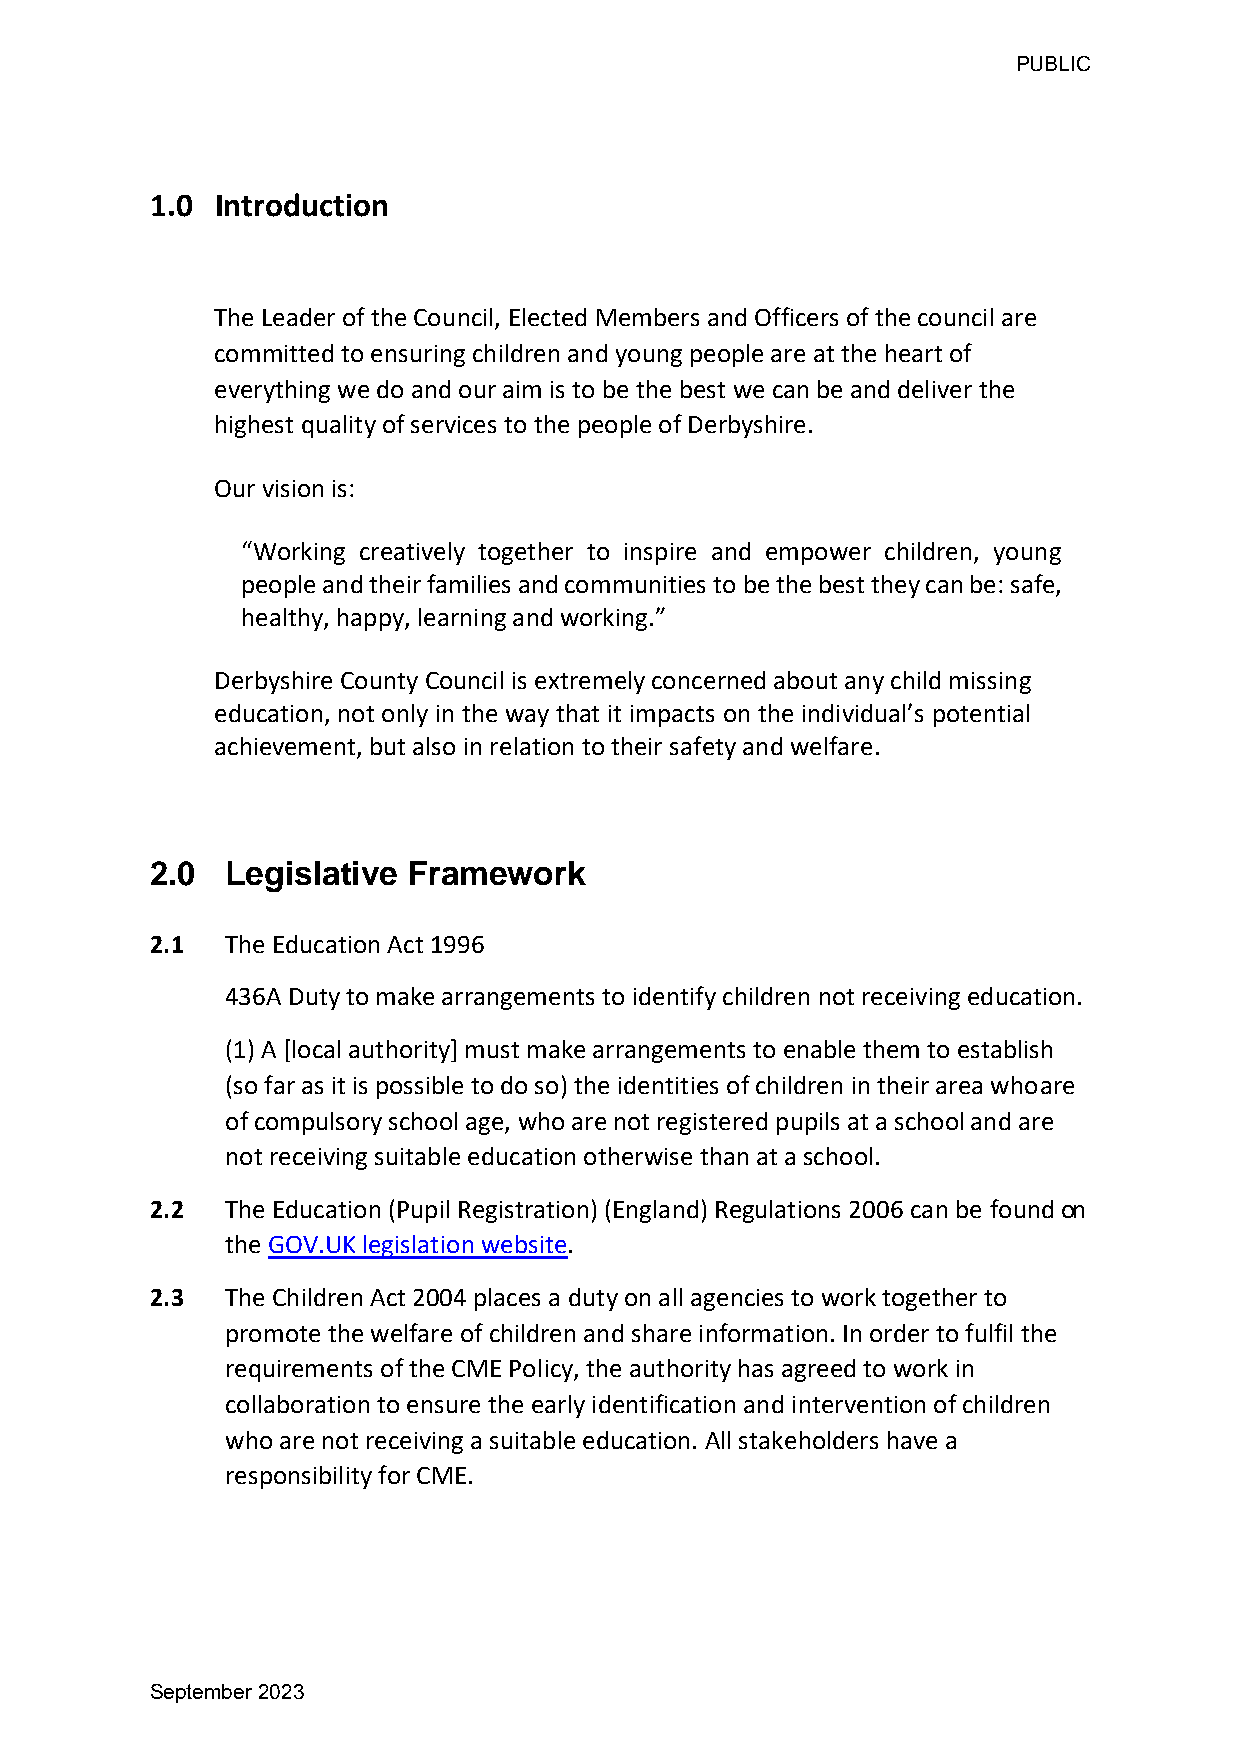
PUBLIC
 1.0 Introduction
 The Leader of the Council, Elected Members and Officers of the council are
 committed to ensuring children and young people are at the heart of
 everything we do and our aim is to be the best we can be and deliver the
 highest quality of services to the people of Derbyshire.
 Our vision is:
 “Working creatively together to inspire and empower children, young
 people and their families and communities to be the best they can be: safe,
 healthy, happy, learning and working.”
 Derbyshire County Council is extremely concerned about any child missing
 education, not only in the way that it impacts on the individual’s potential
 achievement, but also in relation to their safety and welfare.
 2.0  Legislative Framework
 2.1  The Education Act 1996
 436A Duty to make arrangements to identify children not receiving education.
 (1) A [local authority] must make arrangements to enable them to establish
 (so far as it is possible to do so) the identities of children in their area who are
 of compulsory school age, who are not registered pupils at a school and are
 not receiving suitable education otherwise than at a school.
 2.2  The Education (Pupil Registration) (England) Regulations 2006 can be found on
 the GOV.UK legislation website.
 2.3  The Children Act 2004 places a duty on all agencies to work together to
 promote the welfare of children and share information. In order to fulfil the
 requirements of the CME Policy, the authority has agreed to work in
 collaboration to ensure the early identification and intervention of children
 who are not receiving a suitable education. All stakeholders have a
 responsibility for CME.
 September 2023